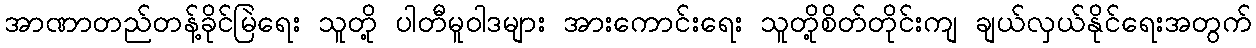
အာဏာတည်တန့်ခိုင်မြဲရေး သူတို့ ပါတီမူဝါဒများ အားကောင်းရေး သူတို့စိတ်တိုင်းကျ ချယ်လှယ်နိုင်ရေးအတွက်